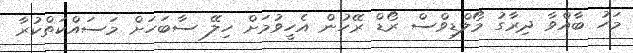
މަހު ބާއްވާ ދިރާގު މޯލްޑިވްސް ރޯޑް ރޭހުން އެހީވުމަށް ހިލޭ ސާބަހަށް މަސައްކަތްކުރާ